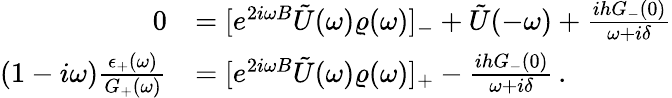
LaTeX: \begin{array}{rl}{0}&{=[e^{2i\omega B}\tilde{U}(\omega)\varrho(\omega)]_{-}+\tilde{U}(-\omega)+\frac{ihG_{-}(0)}{\omega+i\delta}}\\ {(1-i\omega)\frac{\epsilon_{+}(\omega)}{G_{+}(\omega)}}&{=[e^{2i\omega B}\tilde{U}(\omega)\varrho(\omega)]_{+}-\frac{ihG_{-}(0)}{\omega+i\delta}\, .}\end{array}